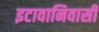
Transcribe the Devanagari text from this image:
इटावानिवासी